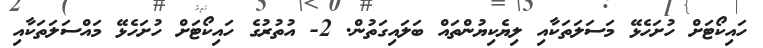
ހައިކޯޓަށް ހުށަހެޅޭ މަސަލަތަކާއި ލިޔެކިޔުންތައް ބަލައިގަތުން. 2- އުތުރުގެ ހައިކޯޓަށް ހުށަހެޅޭ މައްސަލަތަކާއި